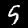
Digit: 5